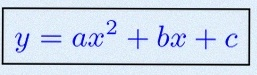
y=ax^2+bx+c